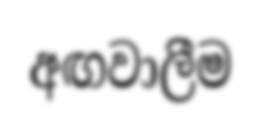
අඟවාලීම